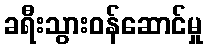
ခရီးသွားဝန်ဆောင်မှု